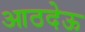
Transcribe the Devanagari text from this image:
आठदेऊ